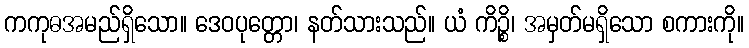
ကကုဓအမည်ရှိသော။ ဒေဝပုတ္တော၊ နတ်သားသည်။ ယံ ကိဉ္စိ၊ အမှတ်မရှိသော စကားကို။